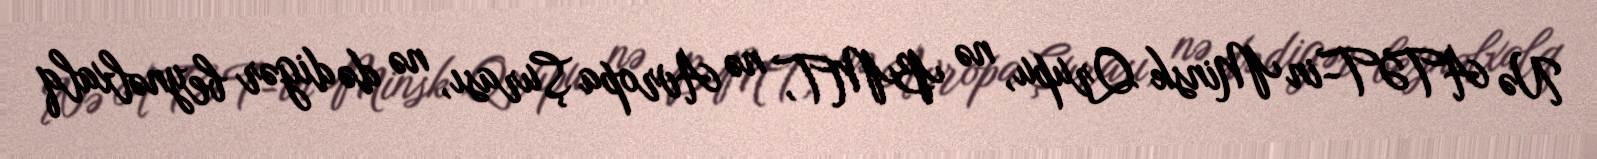
Nə ATƏT-in Minsk Qrupu, nə BMT, nə Avropa Şurası, nə də digər beynəlxalq